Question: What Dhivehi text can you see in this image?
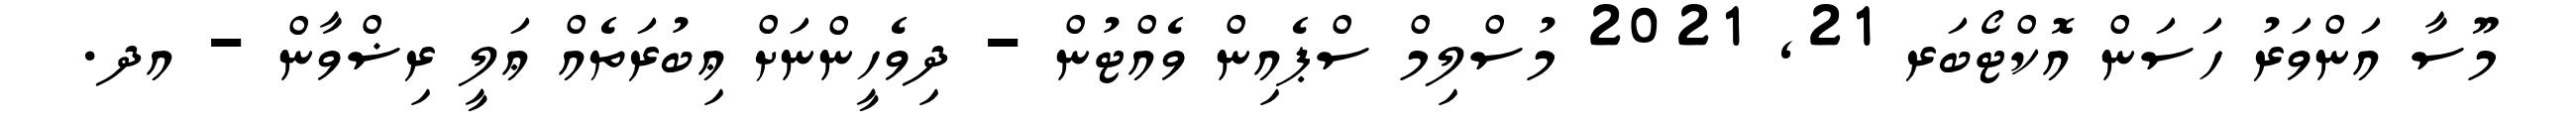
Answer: މޫސާ އަންވަރު ހަސަން އޮކްޓޯބަރ 21, 2021 މުސްލިމް ސްޕެއިން ވެއްޓުން - ދިވެހީންނަށް ޢިބުރަތެއް ޢަލީ ރިޟްވާން - އދ.